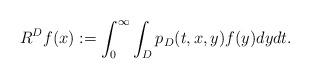
LaTeX: \begin{align*}R^D f(x) := \int_0^\infty \int_{D} p_D(t,x,y) f(y) dy dt. \end{align*}